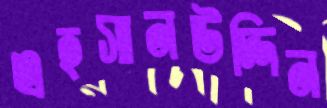
এহসানউদ্দিন